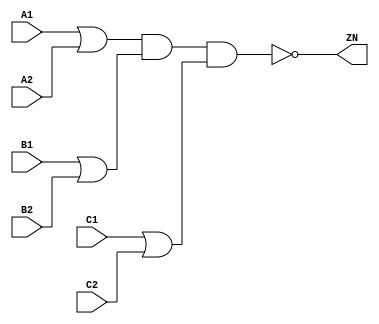
module OAI222_X2 (A1, A2, B1, B2, C1, C2, ZN);
  input A1;
  input A2;
  input B1;
  input B2;
  input C1;
  input C2;
  output ZN;
  not(ZN, i_20);
  and(i_20, i_21, i_24);
  and(i_21, i_22, i_23);
  or(i_22, A1, A2);
  or(i_23, B1, B2);
  or(i_24, C1, C2);
  specify
    if((A2 == 1'b0) && (B1 == 1'b0) && (B2 == 1'b1) && (C1 == 1'b0) && (C2 == 1'b1)) (A1 => ZN) = (0.1, 0.1);
    if((A2 == 1'b0) && (B1 == 1'b0) && (B2 == 1'b1) && (C1 == 1'b1) && (C2 == 1'b0)) (A1 => ZN) = (0.1, 0.1);
    if((A2 == 1'b0) && (B1 == 1'b0) && (B2 == 1'b1) && (C1 == 1'b1) && (C2 == 1'b1)) (A1 => ZN) = (0.1, 0.1);
    if((A2 == 1'b0) && (B1 == 1'b1) && (B2 == 1'b0) && (C1 == 1'b0) && (C2 == 1'b1)) (A1 => ZN) = (0.1, 0.1);
    if((A2 == 1'b0) && (B1 == 1'b1) && (B2 == 1'b0) && (C1 == 1'b1) && (C2 == 1'b0)) (A1 => ZN) = (0.1, 0.1);
    if((A2 == 1'b0) && (B1 == 1'b1) && (B2 == 1'b0) && (C1 == 1'b1) && (C2 == 1'b1)) (A1 => ZN) = (0.1, 0.1);
    if((A2 == 1'b0) && (B1 == 1'b1) && (B2 == 1'b1) && (C1 == 1'b0) && (C2 == 1'b1)) (A1 => ZN) = (0.1, 0.1);
    if((A2 == 1'b0) && (B1 == 1'b1) && (B2 == 1'b1) && (C1 == 1'b1) && (C2 == 1'b0)) (A1 => ZN) = (0.1, 0.1);
    if((A2 == 1'b0) && (B1 == 1'b1) && (B2 == 1'b1) && (C1 == 1'b1) && (C2 == 1'b1)) (A1 => ZN) = (0.1, 0.1);
    if((A1 == 1'b0) && (B1 == 1'b0) && (B2 == 1'b1) && (C1 == 1'b0) && (C2 == 1'b1)) (A2 => ZN) = (0.1, 0.1);
    if((A1 == 1'b0) && (B1 == 1'b0) && (B2 == 1'b1) && (C1 == 1'b1) && (C2 == 1'b0)) (A2 => ZN) = (0.1, 0.1);
    if((A1 == 1'b0) && (B1 == 1'b0) && (B2 == 1'b1) && (C1 == 1'b1) && (C2 == 1'b1)) (A2 => ZN) = (0.1, 0.1);
    if((A1 == 1'b0) && (B1 == 1'b1) && (B2 == 1'b0) && (C1 == 1'b0) && (C2 == 1'b1)) (A2 => ZN) = (0.1, 0.1);
    if((A1 == 1'b0) && (B1 == 1'b1) && (B2 == 1'b0) && (C1 == 1'b1) && (C2 == 1'b0)) (A2 => ZN) = (0.1, 0.1);
    if((A1 == 1'b0) && (B1 == 1'b1) && (B2 == 1'b0) && (C1 == 1'b1) && (C2 == 1'b1)) (A2 => ZN) = (0.1, 0.1);
    if((A1 == 1'b0) && (B1 == 1'b1) && (B2 == 1'b1) && (C1 == 1'b0) && (C2 == 1'b1)) (A2 => ZN) = (0.1, 0.1);
    if((A1 == 1'b0) && (B1 == 1'b1) && (B2 == 1'b1) && (C1 == 1'b1) && (C2 == 1'b0)) (A2 => ZN) = (0.1, 0.1);
    if((A1 == 1'b0) && (B1 == 1'b1) && (B2 == 1'b1) && (C1 == 1'b1) && (C2 == 1'b1)) (A2 => ZN) = (0.1, 0.1);
    if((A1 == 1'b0) && (A2 == 1'b1) && (B2 == 1'b0) && (C1 == 1'b0) && (C2 == 1'b1)) (B1 => ZN) = (0.1, 0.1);
    if((A1 == 1'b0) && (A2 == 1'b1) && (B2 == 1'b0) && (C1 == 1'b1) && (C2 == 1'b0)) (B1 => ZN) = (0.1, 0.1);
    if((A1 == 1'b0) && (A2 == 1'b1) && (B2 == 1'b0) && (C1 == 1'b1) && (C2 == 1'b1)) (B1 => ZN) = (0.1, 0.1);
    if((A1 == 1'b1) && (A2 == 1'b0) && (B2 == 1'b0) && (C1 == 1'b0) && (C2 == 1'b1)) (B1 => ZN) = (0.1, 0.1);
    if((A1 == 1'b1) && (A2 == 1'b0) && (B2 == 1'b0) && (C1 == 1'b1) && (C2 == 1'b0)) (B1 => ZN) = (0.1, 0.1);
    if((A1 == 1'b1) && (A2 == 1'b0) && (B2 == 1'b0) && (C1 == 1'b1) && (C2 == 1'b1)) (B1 => ZN) = (0.1, 0.1);
    if((A1 == 1'b1) && (A2 == 1'b1) && (B2 == 1'b0) && (C1 == 1'b0) && (C2 == 1'b1)) (B1 => ZN) = (0.1, 0.1);
    if((A1 == 1'b1) && (A2 == 1'b1) && (B2 == 1'b0) && (C1 == 1'b1) && (C2 == 1'b0)) (B1 => ZN) = (0.1, 0.1);
    if((A1 == 1'b1) && (A2 == 1'b1) && (B2 == 1'b0) && (C1 == 1'b1) && (C2 == 1'b1)) (B1 => ZN) = (0.1, 0.1);
    if((A1 == 1'b0) && (A2 == 1'b1) && (B1 == 1'b0) && (C1 == 1'b0) && (C2 == 1'b1)) (B2 => ZN) = (0.1, 0.1);
    if((A1 == 1'b0) && (A2 == 1'b1) && (B1 == 1'b0) && (C1 == 1'b1) && (C2 == 1'b0)) (B2 => ZN) = (0.1, 0.1);
    if((A1 == 1'b0) && (A2 == 1'b1) && (B1 == 1'b0) && (C1 == 1'b1) && (C2 == 1'b1)) (B2 => ZN) = (0.1, 0.1);
    if((A1 == 1'b1) && (A2 == 1'b0) && (B1 == 1'b0) && (C1 == 1'b0) && (C2 == 1'b1)) (B2 => ZN) = (0.1, 0.1);
    if((A1 == 1'b1) && (A2 == 1'b0) && (B1 == 1'b0) && (C1 == 1'b1) && (C2 == 1'b0)) (B2 => ZN) = (0.1, 0.1);
    if((A1 == 1'b1) && (A2 == 1'b0) && (B1 == 1'b0) && (C1 == 1'b1) && (C2 == 1'b1)) (B2 => ZN) = (0.1, 0.1);
    if((A1 == 1'b1) && (A2 == 1'b1) && (B1 == 1'b0) && (C1 == 1'b0) && (C2 == 1'b1)) (B2 => ZN) = (0.1, 0.1);
    if((A1 == 1'b1) && (A2 == 1'b1) && (B1 == 1'b0) && (C1 == 1'b1) && (C2 == 1'b0)) (B2 => ZN) = (0.1, 0.1);
    if((A1 == 1'b1) && (A2 == 1'b1) && (B1 == 1'b0) && (C1 == 1'b1) && (C2 == 1'b1)) (B2 => ZN) = (0.1, 0.1);
    if((A1 == 1'b0) && (A2 == 1'b1) && (B1 == 1'b0) && (B2 == 1'b1) && (C2 == 1'b0)) (C1 => ZN) = (0.1, 0.1);
    if((A1 == 1'b0) && (A2 == 1'b1) && (B1 == 1'b1) && (B2 == 1'b0) && (C2 == 1'b0)) (C1 => ZN) = (0.1, 0.1);
    if((A1 == 1'b0) && (A2 == 1'b1) && (B1 == 1'b1) && (B2 == 1'b1) && (C2 == 1'b0)) (C1 => ZN) = (0.1, 0.1);
    if((A1 == 1'b1) && (A2 == 1'b0) && (B1 == 1'b0) && (B2 == 1'b1) && (C2 == 1'b0)) (C1 => ZN) = (0.1, 0.1);
    if((A1 == 1'b1) && (A2 == 1'b0) && (B1 == 1'b1) && (B2 == 1'b0) && (C2 == 1'b0)) (C1 => ZN) = (0.1, 0.1);
    if((A1 == 1'b1) && (A2 == 1'b0) && (B1 == 1'b1) && (B2 == 1'b1) && (C2 == 1'b0)) (C1 => ZN) = (0.1, 0.1);
    if((A1 == 1'b1) && (A2 == 1'b1) && (B1 == 1'b0) && (B2 == 1'b1) && (C2 == 1'b0)) (C1 => ZN) = (0.1, 0.1);
    if((A1 == 1'b1) && (A2 == 1'b1) && (B1 == 1'b1) && (B2 == 1'b0) && (C2 == 1'b0)) (C1 => ZN) = (0.1, 0.1);
    if((A1 == 1'b1) && (A2 == 1'b1) && (B1 == 1'b1) && (B2 == 1'b1) && (C2 == 1'b0)) (C1 => ZN) = (0.1, 0.1);
    if((A1 == 1'b0) && (A2 == 1'b1) && (B1 == 1'b0) && (B2 == 1'b1) && (C1 == 1'b0)) (C2 => ZN) = (0.1, 0.1);
    if((A1 == 1'b0) && (A2 == 1'b1) && (B1 == 1'b1) && (B2 == 1'b0) && (C1 == 1'b0)) (C2 => ZN) = (0.1, 0.1);
    if((A1 == 1'b0) && (A2 == 1'b1) && (B1 == 1'b1) && (B2 == 1'b1) && (C1 == 1'b0)) (C2 => ZN) = (0.1, 0.1);
    if((A1 == 1'b1) && (A2 == 1'b0) && (B1 == 1'b0) && (B2 == 1'b1) && (C1 == 1'b0)) (C2 => ZN) = (0.1, 0.1);
    if((A1 == 1'b1) && (A2 == 1'b0) && (B1 == 1'b1) && (B2 == 1'b0) && (C1 == 1'b0)) (C2 => ZN) = (0.1, 0.1);
    if((A1 == 1'b1) && (A2 == 1'b0) && (B1 == 1'b1) && (B2 == 1'b1) && (C1 == 1'b0)) (C2 => ZN) = (0.1, 0.1);
    if((A1 == 1'b1) && (A2 == 1'b1) && (B1 == 1'b0) && (B2 == 1'b1) && (C1 == 1'b0)) (C2 => ZN) = (0.1, 0.1);
    if((A1 == 1'b1) && (A2 == 1'b1) && (B1 == 1'b1) && (B2 == 1'b0) && (C1 == 1'b0)) (C2 => ZN) = (0.1, 0.1);
    if((A1 == 1'b1) && (A2 == 1'b1) && (B1 == 1'b1) && (B2 == 1'b1) && (C1 == 1'b0)) (C2 => ZN) = (0.1, 0.1);
  endspecify
endmodule